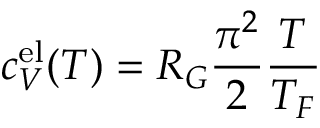
c _ { V } ^ { \mathrm { e l } } ( T ) = R _ { G } \frac { \pi ^ { 2 } } { 2 } \frac { T } { T _ { F } }